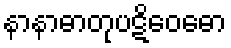
နာနာဓာတုပဋိဝေဓော